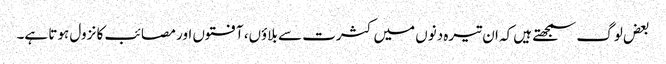
بعض لوگ سمجھتے ہیں کہ ان تیرہ دنوں میں کثرت سے بلاوٴں، آفتوں اور مصائب کا نزول ہوتا ہے۔